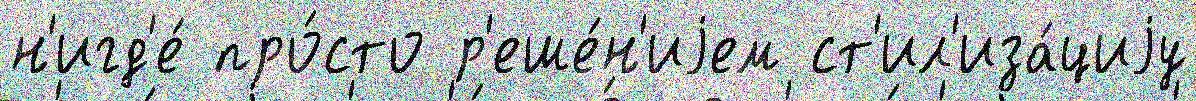
н'игд'е́ про́сто р'еше́н'иjем ст'ил'иза́циjу